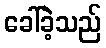
ခေါ်ခဲ့သည်